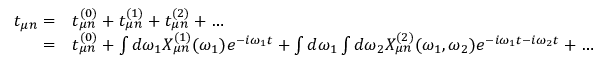
\begin{array} { r l } { t _ { \mu n } = } & { t _ { \mu n } ^ { ( 0 ) } + t _ { \mu n } ^ { ( 1 ) } + t _ { \mu n } ^ { ( 2 ) } + \dots } \\ { = } & { t _ { \mu n } ^ { ( 0 ) } + \int d \omega _ { 1 } X _ { \mu n } ^ { ( 1 ) } ( \omega _ { 1 } ) e ^ { - i \omega _ { 1 } t } + \int d \omega _ { 1 } \int d \omega _ { 2 } X _ { \mu n } ^ { ( 2 ) } ( \omega _ { 1 } , \omega _ { 2 } ) e ^ { - i \omega _ { 1 } t - i \omega _ { 2 } t } + \dots } \end{array}